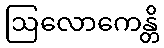
ဩလောကေန္တိ